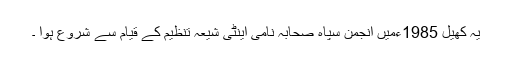
یہ کھیل 1985ءمیں انجمن سپاہ صحابہ نامی اینٹی شیعہ تنظیم کے قیام سے شروع ہوا ۔